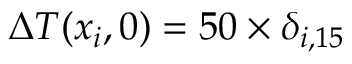
\Delta { T } ( x _ { i } , 0 ) = 5 0 \times \delta _ { i , 1 5 }